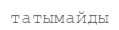
татымайды